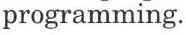
programming.